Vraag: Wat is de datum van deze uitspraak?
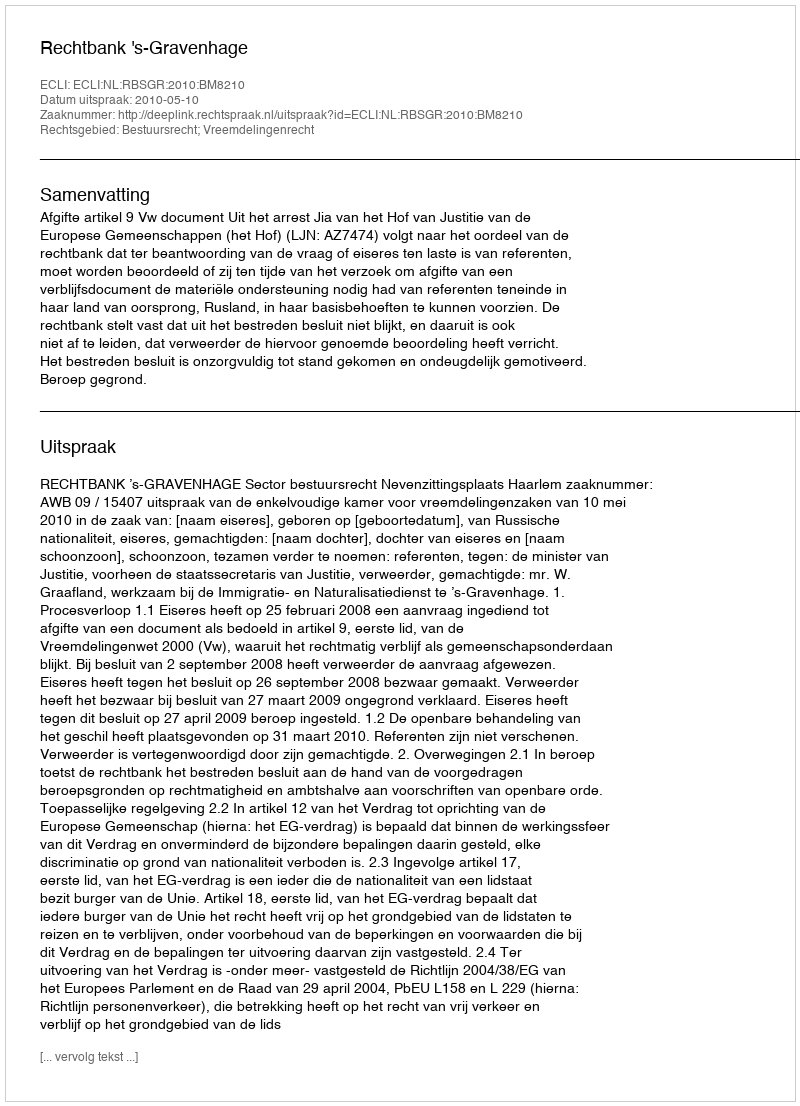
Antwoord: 2010-05-10